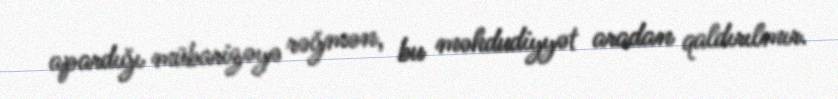
apardığı mübarizəyə rəğmən, bu məhdudiyyət aradan qaldırılmır.